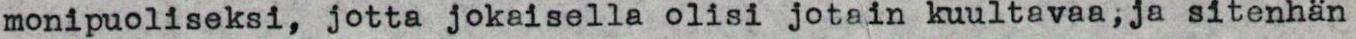
monipuoliseksi, jotta jokaisella olisi jotain kuultavaa,ja sitenhän